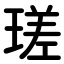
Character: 瑳